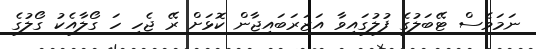
ނަމަވެސް ޓޭބަލުގެ ފުލުގައިވާ އަޒަރަބައިޖާން ކޮޅަށް ރޭ ޖެހި ހަ ގޯލާއެކު ގޯލުގެ